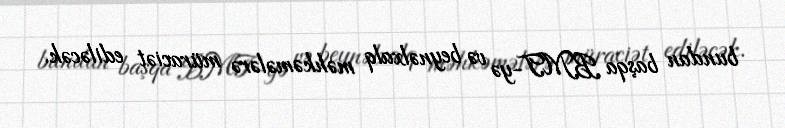
bundan başqa BMT-yə və beynəlxalq məhkəmələrə müraciət ediləcək.